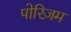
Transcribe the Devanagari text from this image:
पोरिज़म